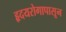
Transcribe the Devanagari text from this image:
हृदयरोगापासून